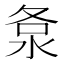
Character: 洜